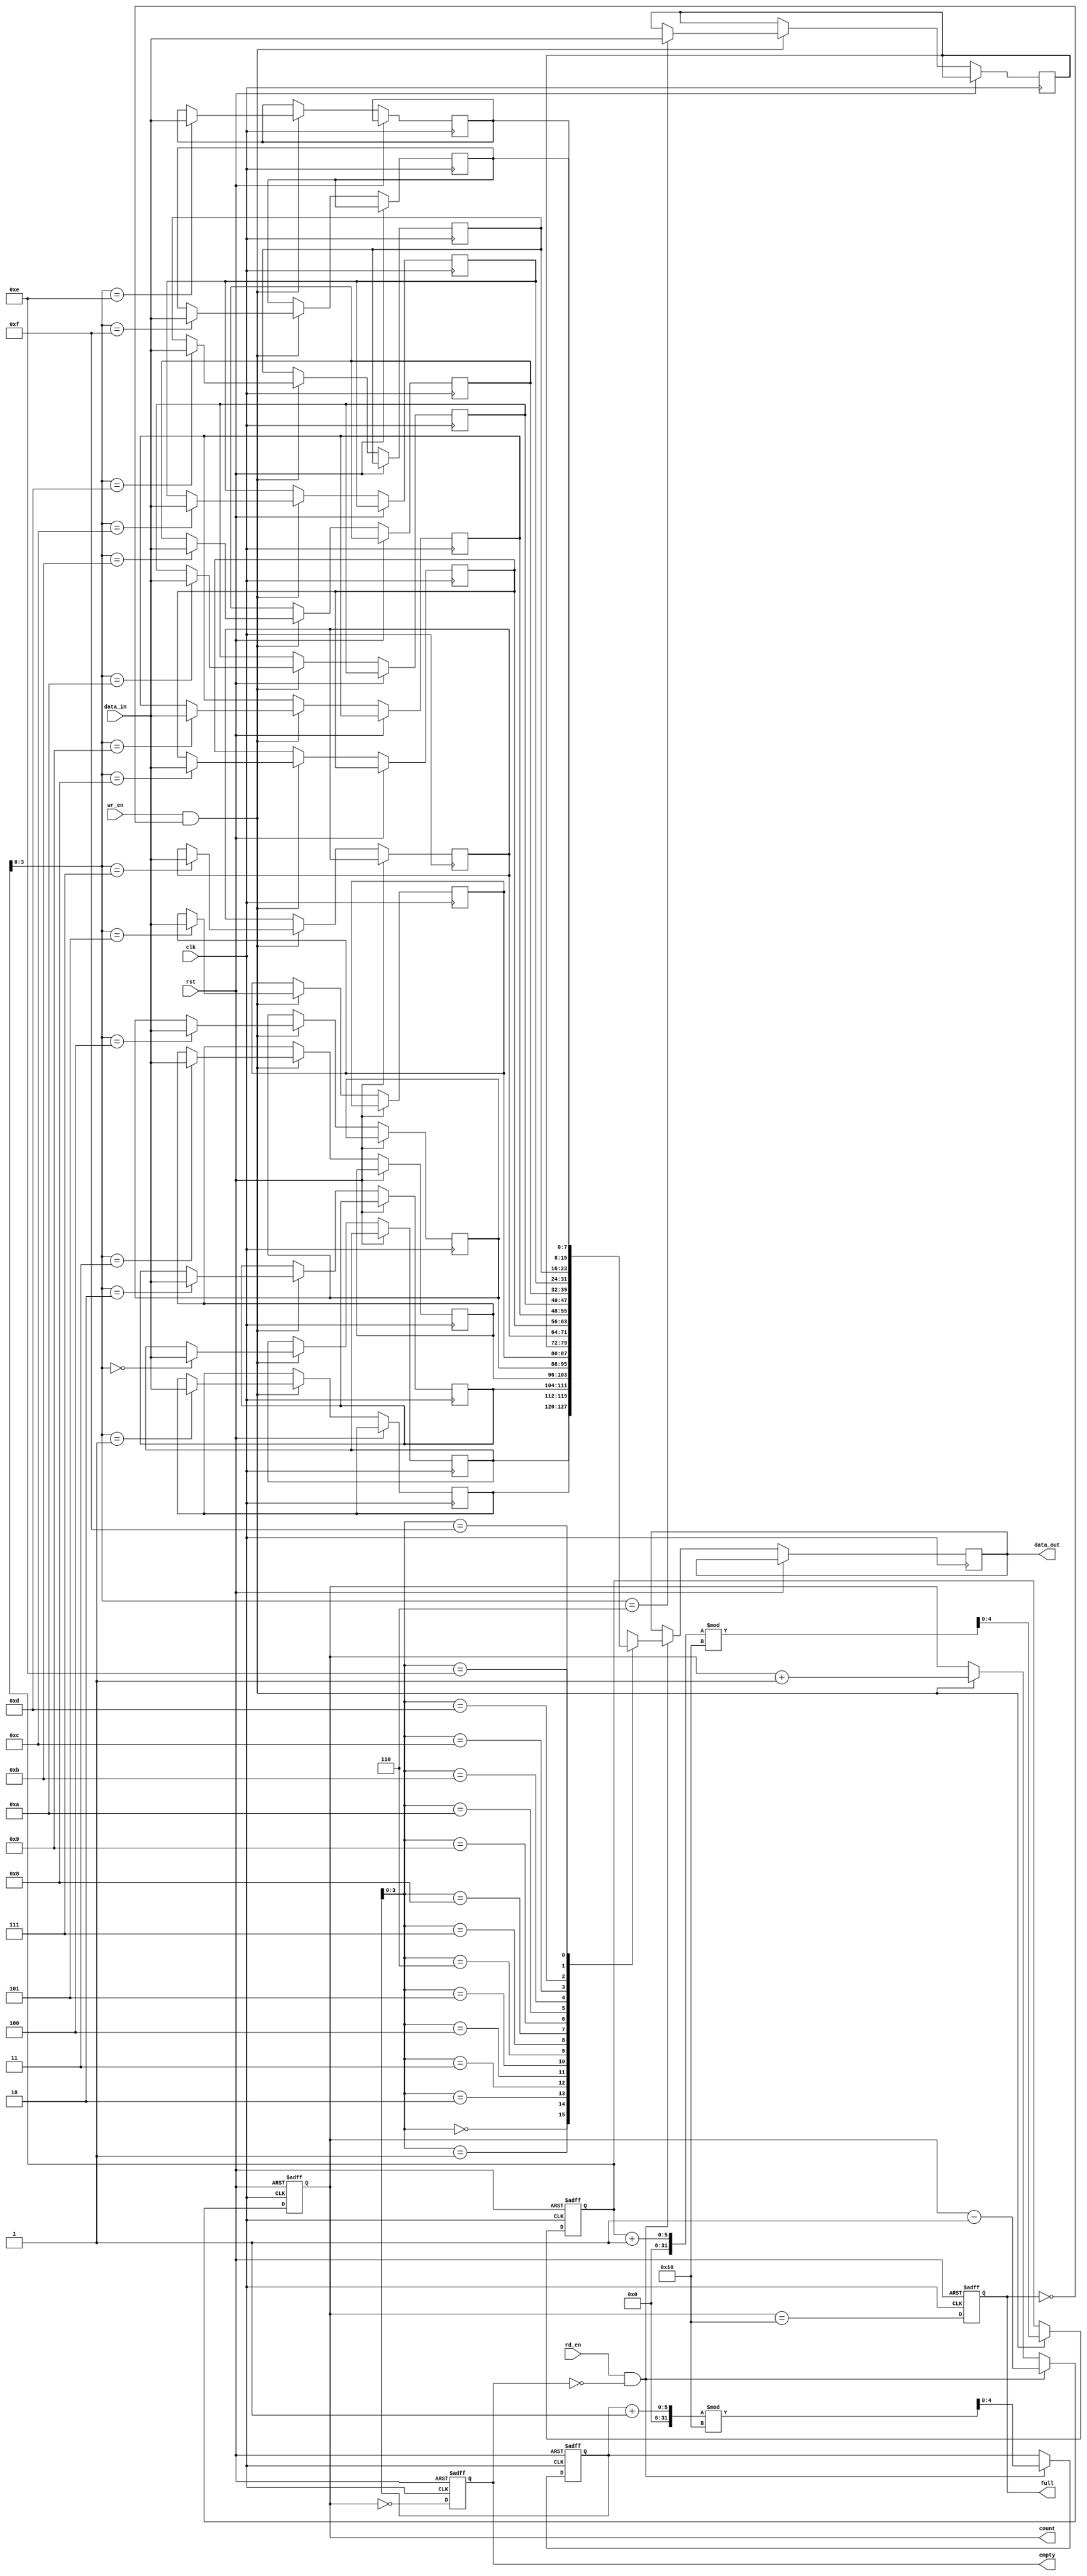
module parameterized_fifo #(
    parameter N = 16,  // Depth of the FIFO
    parameter W = 8    // Width of each entry
)(
    input wire clk,                // Clock signal
    input wire rst,                // Asynchronous reset
    input wire [W-1:0] data_in,    // Input data
    input wire wr_en,              // Write enable
    input wire rd_en,              // Read enable
    output reg [W-1:0] data_out,    // Output data
    output reg full,               // FIFO full flag
    output reg empty,              // FIFO empty flag
    output reg [4:0] count         // Number of entries in the FIFO
);

    // Internal storage array
    reg [W-1:0] fifo_mem [0:N-1];
    reg [4:0] wr_ptr;              // Write pointer
    reg [4:0] rd_ptr;              // Read pointer

    // Asynchronous reset
    always @(posedge clk or posedge rst) begin
        if (rst) begin
            wr_ptr <= 0;
            rd_ptr <= 0;
            count <= 0;
            full <= 0;
            empty <= 1;
        end else begin
            // Write operation
            if (wr_en && !full) begin
                fifo_mem[wr_ptr] <= data_in;
                wr_ptr <= (wr_ptr + 1) % N;
                count <= count + 1;
            end
            
            // Read operation
            if (rd_en && !empty) begin
                data_out <= fifo_mem[rd_ptr];
                rd_ptr <= (rd_ptr + 1) % N;
                count <= count - 1;
            end
            
            // Update full and empty flags
            full <= (count == N);
            empty <= (count == 0);
        end
    end

endmodule